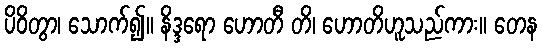
ပိဝိတွာ၊ သောက်၍။ နိဒ္ဒရော ဟောတီ တိ၊ ဟောတိဟူသည်ကား။ တေန